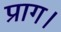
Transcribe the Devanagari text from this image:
प्राग।